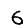
Digit: 6